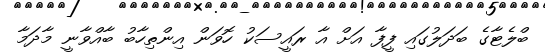
ބްލެޓާގެ ބަދަލުގައި ފީފާ އަށް އާ ރައީސަކު ހޮވަން އިންތިހާބު ބާއްވާނީ މާދަމާ